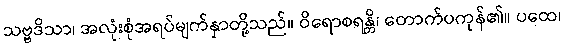
သဗ္ဗဒိသာ၊ အလုံးစုံအရပ်မျက်နှာတို့သည်။ ဝိရောစရန္တိ၊ တောက်ပကုန်၏။ ပထေ၊